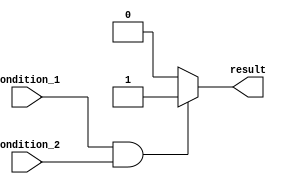
module if_else_example (
    input wire condition_1,
    input wire condition_2,
    output reg result
);

always @(*) begin
    if (condition_1 && condition_2) begin
        // Code inside if block if both conditions are true
        result = 1;
    end else begin
        // Code inside else block if at least one condition is false
        result = 0;
    end
end

endmodule